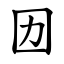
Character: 㘞